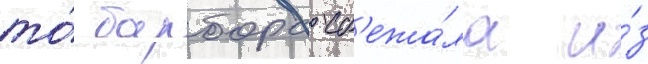
то́ барбора сб'ежа́ла и́з